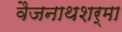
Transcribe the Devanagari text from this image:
वैजनाथशर्मा